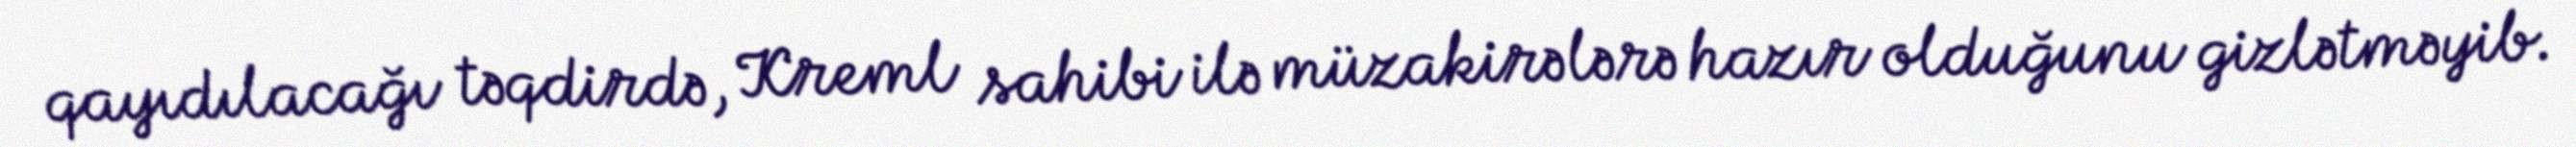
qayıdılacağı təqdirdə, Kreml sahibi ilə müzakirələrə hazır olduğunu gizlətməyib.